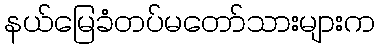
နယ်မြေခံတပ်မတော်သားများက